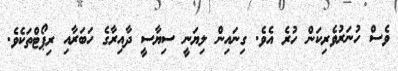
ވެސް ހުނަރުވެރިކަން ހުރެ އެވެ. ގިނައިން ލިޔަނީ ސިޔާސީ ދާއިރާގެ ހަބަރާއި ރިޕޯޓްތަކެވެ.